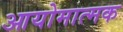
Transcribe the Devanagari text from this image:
आयोमात्मक